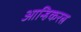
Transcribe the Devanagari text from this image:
आन्हिकरत्न